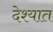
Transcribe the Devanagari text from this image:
देश्यात